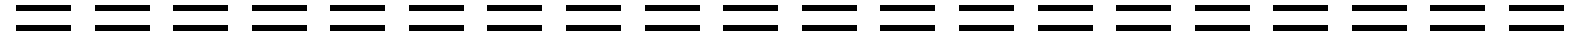
====================